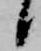
候